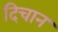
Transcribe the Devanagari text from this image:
दिचान